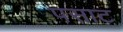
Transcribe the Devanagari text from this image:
पसाट